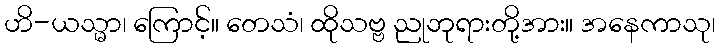
ဟိ-ယသ္မာ၊ ကြောင့်။ တေသံ၊ ထိုသဗ္ဗ ညုဘုရားတို့အား။ အနေကာသု၊